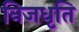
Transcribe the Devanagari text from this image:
निजधृति